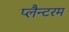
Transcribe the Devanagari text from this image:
प्लैन्टरम